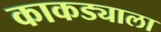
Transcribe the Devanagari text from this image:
काकड्याला